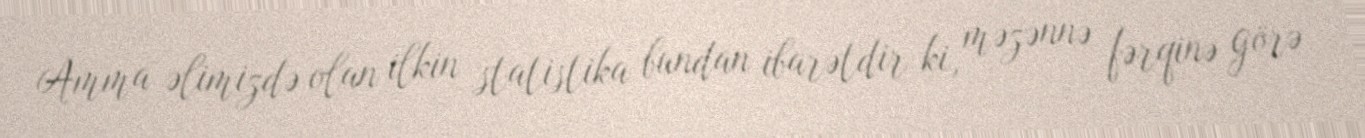
Amma əlimizdə olan ilkin statistika bundan ibarətdir ki, məzənnə fərqinə görə